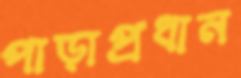
পাড়াপ্রধান